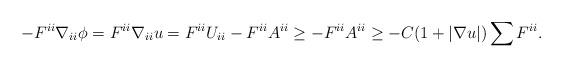
LaTeX: \begin{align*}- F^{ii} \nabla_{ii} \phi = F^{ii} \nabla_{ii} u = F^{ii} U_{ii} - F^{ii} A^{ii} \geq -F^{ii} A^{ii} \geq - C (1 + |\nabla u|) \sum F^{ii}.\end{align*}